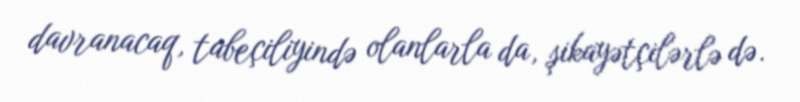
davranacaq, tabeçiliyində olanlarla da, şikayətçilərlə də.